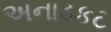
અનાડકટ